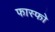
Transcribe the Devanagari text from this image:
फास्फो